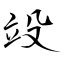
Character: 竐